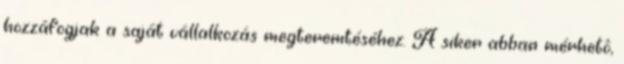
hozzáfogjak a saját vállalkozás megteremtéséhez. A siker abban mérhetô,